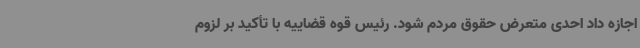
اجازه داد احدی متعرض حقوق مردم شود. رئیس قوه قضاییه با تأکید بر لزوم